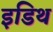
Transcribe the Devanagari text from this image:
इडिथ